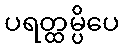
ပရတ္ထမ္ပိပေ